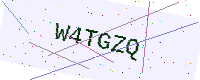
Text: W4TGZQ